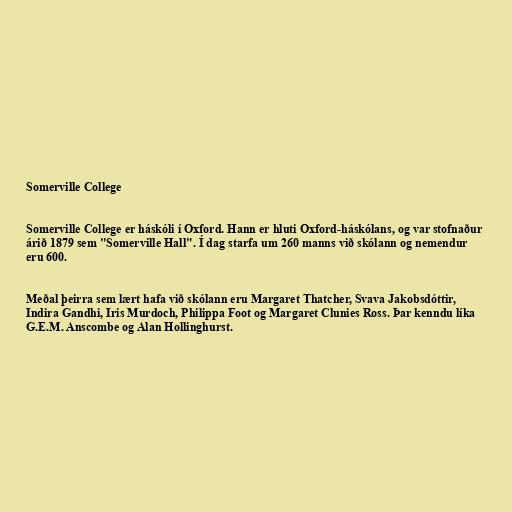
Somerville College

Somerville College er háskóli í Oxford. Hann er hluti Oxford-háskólans, og var stofnaður
árið 1879 sem "Somerville Hall". Í dag starfa um 260 manns við skólann og nemendur
eru 600.

Meðal þeirra sem lært hafa við skólann eru Margaret Thatcher, Svava Jakobsdóttir,
Indira Gandhi, Iris Murdoch, Philippa Foot og Margaret Clunies Ross. Þar kenndu líka
G.E.M. Anscombe og Alan Hollinghurst.